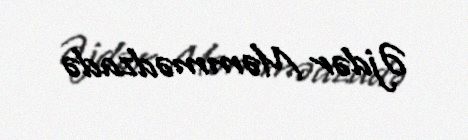
Əjdər Məmmədzadə